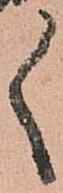
々